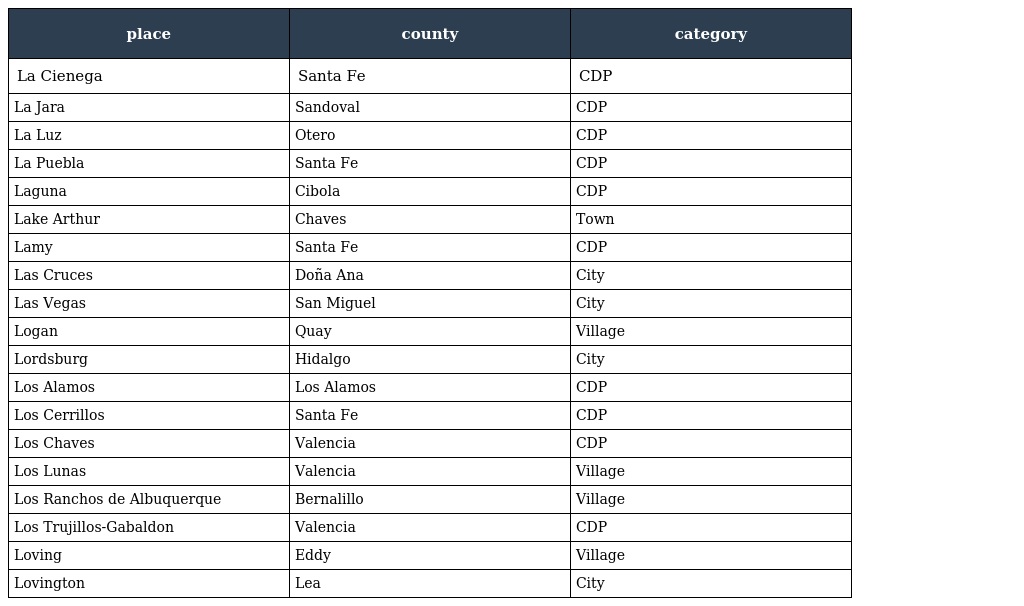
| place | county | category |
 | --- | --- | --- |
 | La Cienega | Santa Fe | CDP |
 | La Jara | Sandoval | CDP |
 | La Luz | Otero | CDP |
 | La Puebla | Santa Fe | CDP |
 | Laguna | Cibola | CDP |
 | Lake Arthur | Chaves | Town |
 | Lamy | Santa Fe | CDP |
 | Las Cruces | Doña Ana | City |
 | Las Vegas | San Miguel | City |
 | Logan | Quay | Village |
 | Lordsburg | Hidalgo | City |
 | Los Alamos | Los Alamos | CDP |
 | Los Cerrillos | Santa Fe | CDP |
 | Los Chaves | Valencia | CDP |
 | Los Lunas | Valencia | Village |
 | Los Ranchos de Albuquerque | Bernalillo | Village |
 | Los Trujillos-Gabaldon | Valencia | CDP |
 | Loving | Eddy | Village |
 | Lovington | Lea | City |